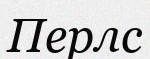
Перлс